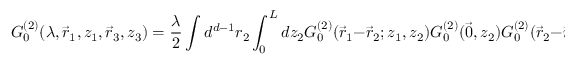
G _ { 0 } ^ { ( 2 ) } ( \lambda , \vec { r } _ { 1 } , z _ { 1 } , \vec { r } _ { 3 } , z _ { 3 } ) = \frac { \lambda } { 2 } \int d ^ { d - 1 } r _ { 2 } \int _ { 0 } ^ { L } d z _ { 2 } G _ { 0 } ^ { ( 2 ) } ( \vec { r } _ { 1 } - \vec { r } _ { 2 } ; z _ { 1 } , z _ { 2 } ) G _ { 0 } ^ { ( 2 ) } ( \vec { 0 } , z _ { 2 } ) G _ { 0 } ^ { ( 2 ) } ( \vec { r } _ { 2 } - \vec { r } _ { 3 } ; z _ { 2 } , z _ { 3 } ) .